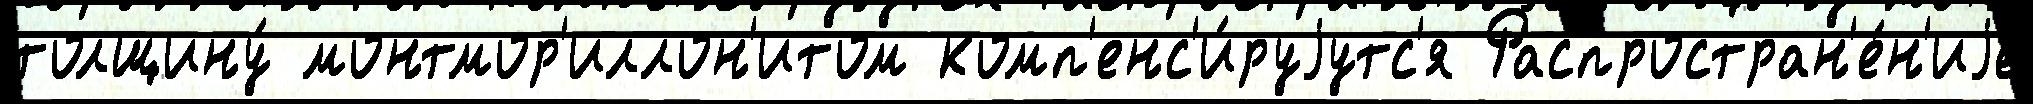
толщину́ монтмор'иллон'итом комп'енс'и́руjутс'я Распростран'е́н'иjе